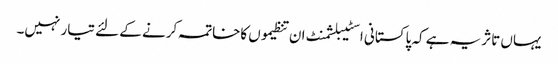
یہاں تاثریہ ہے کہ پاکستانی اسٹیبلشمنٹ ان تنظیموں کاخاتمہ کرنے کے لئے تیار نہیں۔